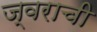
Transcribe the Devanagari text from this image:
ज्वराची